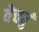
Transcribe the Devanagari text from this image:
वेचवुं